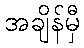
အချိန်မှီ